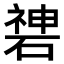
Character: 𥔻